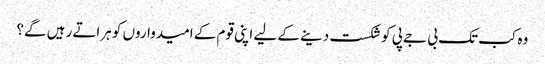
وہ کب تک بی جے پی کوشکست دینے کے لیے اپنی قوم کے امیدواروں کو ہراتے رہیں گے؟